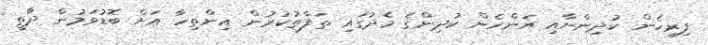
ފިރިހެން ކުދިންނާއި އަންހެން ކުދިންގެ މެދުގައި ތަފާތުކުރުން އިންތިހާ އަށް ބޮޑުވަމުން ދާތީ